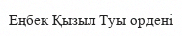
Еңбек Қызыл Туы ордені